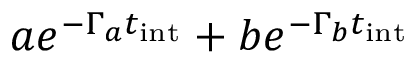
a e ^ { - \Gamma _ { a } t _ { \mathrm { i n t } } } + b e ^ { - \Gamma _ { b } t _ { \mathrm { i n t } } }